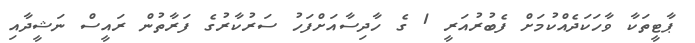
ޕާޓީތަކާ ވާހަކަދެއްކުމަށް ފެބުރުއަރީ 1 ގެ ހާދިސާއަށްފަހު ސަރުކާރުގެ ފަރާތުން ރައީސް ނަޝީދާއި